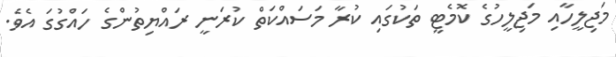
މަޖިލީހާއި މަޖިލީހުގެ ކޮމެޓީ ތަކުގައި ކުރާ މަސައްކަތް ކުރަނީ ރައްޔިތުންގެ ހައްގުގަ އެވެ.